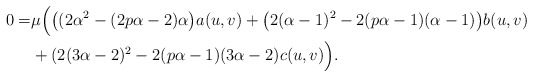
\begin{align*}0=&\mu\Big(\big((2\alpha^{2}-(2p\alpha-2)\alpha\big)a(u,v)+\big(2(\alpha-1)^{2}-2(p\alpha-1)(\alpha-1)\big)b(u,v)\\&+(2(3\alpha-2)^{2}-2(p\alpha-1)(3\alpha-2)c(u,v)\Big).\end{align*}